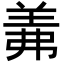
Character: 羛